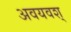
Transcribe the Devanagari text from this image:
अवयवश्